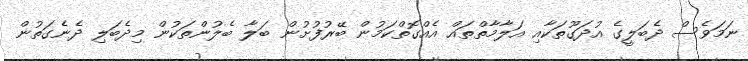
ނަމަވެސް ދެބަލީގެ އުދަގޫތަކާއި އަލާމާތްތައް އެއްގޮތްކަމުން ބޭރުފުށުން ބަލާ ބެލުންތަކުން މިދެބަލި ދެނެގަތުން